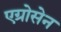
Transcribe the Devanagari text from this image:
एग्रोसेन